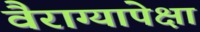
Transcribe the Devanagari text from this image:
वैराग्यापेक्षा